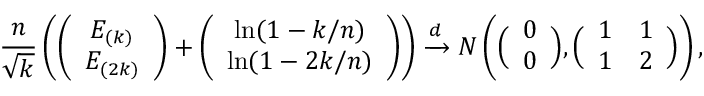
\frac { n } { \sqrt { k } } \left( \left( \begin{array} { c } { E _ { ( k ) } } \\ { E _ { ( 2 k ) } } \end{array} \right) + \left( \begin{array} { c } { \ln ( 1 - k / n ) } \\ { \ln ( 1 - 2 k / n ) } \end{array} \right) \right) \xrightarrow { d } N \left( \Big ( \begin{array} { c } { 0 } \\ { 0 } \end{array} \Big ) , \Big ( \begin{array} { c c } { 1 } & { 1 } \\ { 1 } & { 2 } \end{array} \Big ) \right) ,